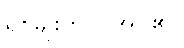
ရှစ်မျိုးကို ပြအပ်၏။